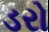
ડરો